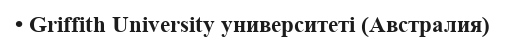
• Griffith University университеті (Австралия)